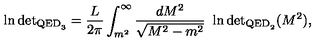
\ln \mathrm { d e t } _ { { \mathrm { \scriptsize { Q E D } } _ { 3 } } } = \frac { L } { 2 \pi } \int _ { m ^ { 2 } } ^ { \infty } \frac { d M ^ { 2 } } { \sqrt { M ^ { 2 } - m ^ { 2 } } } \ \ln \mathrm { d e t } _ { { \mathrm { \scriptsize { Q E D } } _ { 2 } } } ( M ^ { 2 } ) ,